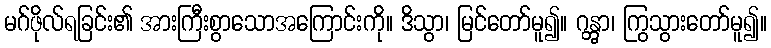
မဂ်ဖိုလ်ရခြင်း၏ အားကြီးစွာသောအကြောင်းကို။ ဒိသွာ၊ မြင်တော်မူ၍။ ဂန္တွာ၊ ကြွသွားတော်မူ၍။